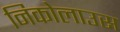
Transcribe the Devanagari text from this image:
निकोलाउस